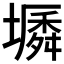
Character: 𡑬